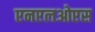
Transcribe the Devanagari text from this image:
एनएलओएस